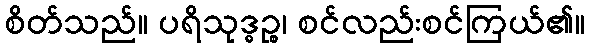
စိတ်သည်။ ပရိသုဒ္ဓဉ္စ၊ စင်လည်းစင်ကြယ်၏။